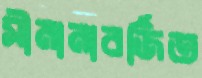
সীমানাবর্জিত